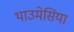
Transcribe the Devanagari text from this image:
थाउमेसिया